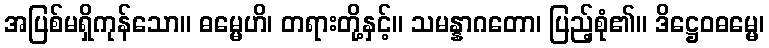
အပြစ်မရှိကုန်သော။ ဓမ္မေဟိ၊ တရားတို့နှင့်။ သမန္နာဂတော၊ ပြည့်စုံ၏။ ဒိဋ္ဌေဝဓမ္မေ၊